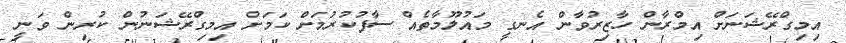
އިމިގްރޭޝަނަށް އިމްރާން ހާޒިރުވާން އެނގީ މައުލޫމާތެއް ސާފުކުރުމަށް ކަމަށް އިމިގްރޭޝަނުން ކުރިން ވަނީ